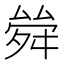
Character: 𠬂